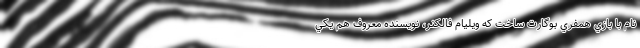
نام با بازي همفري بوگارت ساخت که ويليام فالکنر، نويسنده معروف هم يکي